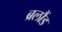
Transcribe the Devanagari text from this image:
ब्रलौंड